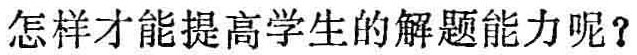
怎样才能提高学生的解题能力呢？